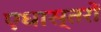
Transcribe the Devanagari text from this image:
एधास्तरों